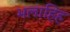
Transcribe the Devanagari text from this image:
भलाहिह